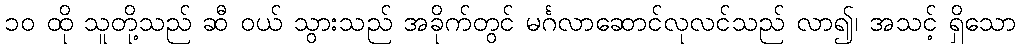
၁၀ ထို သူတို့သည် ဆီ ဝယ် သွားသည် အခိုက်တွင် မင်္ဂလာဆောင်လုလင်သည် လာ၍၊ အသင့် ရှိသော